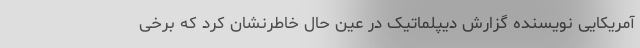
آمریکایی نویسنده گزارش دیپلماتیک در عین حال خاطرنشان کرد که برخی